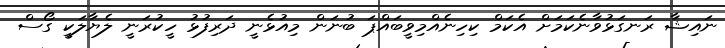
ނައިޝާ ރަނގަޅުވާނެކަމަށް އެކަމް ކިހިނެއްމިވީބައްޕަ ބުނަން މިއުޅެނީ ދަރިފުޅު ހީކުރަނީ ލެޔާލަކީ ގޯސް